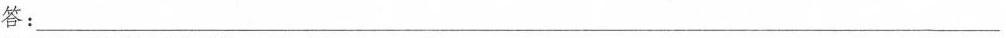
答：___